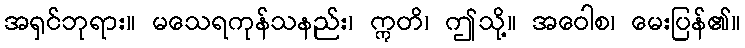
အရှင်ဘုရား။ မသေရကုန်သနည်း၊ ဣတိ၊ ဤသို့။ အဝေါစ၊ မေးပြန်၏။